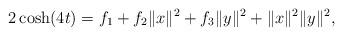
LaTeX: \begin{align*}2\cosh(4t)=f_1+f_2 \|x\|^{2}+f_3 \|y\|^{2}+\|x\|^{2}\|y\|^{2},\end{align*}